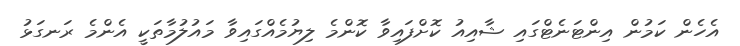
އެހެން ކަމުން އިންޓަނެޓްގައި ޝާއިއު ކޮށްފައިވާ ކޮންމެ ލިޔުމެއްގައިވާ މައުލުމާތަކީ އެންމެ ރަނގަޅު